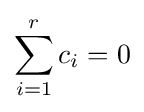
\sum _{i=1}^{r}c_{i}=0